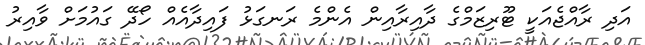
އަދި ރާއްޖެއަކީ ޓޫރިޒަމްގެ ދާއިރާއިން އެންމެ ރަނގަޅު ފައިދާއެއް ހޯދޭ ގައުމަށް ވާއިރު